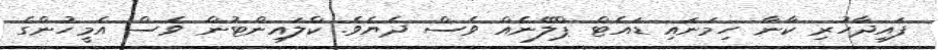
ފައިދާހުރި ކާނާ ހިމަނައި ޑައެޓް ޕްލޭނެއް ވެސް ދެޔެވެ. ކްލައިންޓުން ވެސް އެމީހުންގެ